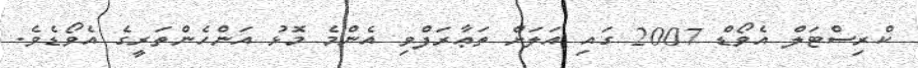
ކްރިސްޓަލް އެވޯޑް 2007 ގައި އަަލަށް ތަޢާރަފްވި އެންމެ މޮޅު އަންހެންތަރީގެ އެވޯޑެވެ.